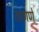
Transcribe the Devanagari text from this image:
ताणणे